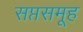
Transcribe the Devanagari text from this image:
सप्तसमूह